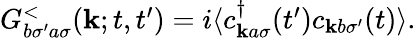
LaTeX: \begin{array}{r}{G_{b\sigma^{\prime}a\sigma}^{<}(\mathbf{k};t,t^{\prime})=i\langle c_{\mathbf{k}a\sigma}^{\dagger}(t^{\prime})c_{\mathbf{k}b\sigma^{\prime}}(t)\rangle.}\end{array}